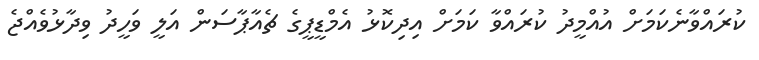
ކުރައްވާނެކަމަށް އުއްމީދު ކުރައްވާ ކަމަށް އިދިކޮޅު އެމްޑީޕީގެ ޗެއާޕާސަން އަލީ ވަހީދު ވިދާޅުވެއްޖެ